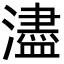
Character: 濜